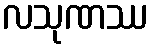
လသုဏဿ